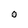
Character: O